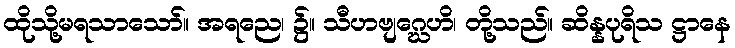
ထိုသို့မရသာသော်။ အရညေ၊ ၌။ သီဟဗျဂ္ဃေဟိ၊ တို့သည်။ ဆိန္နပုရိသ ဋ္ဌာနေ